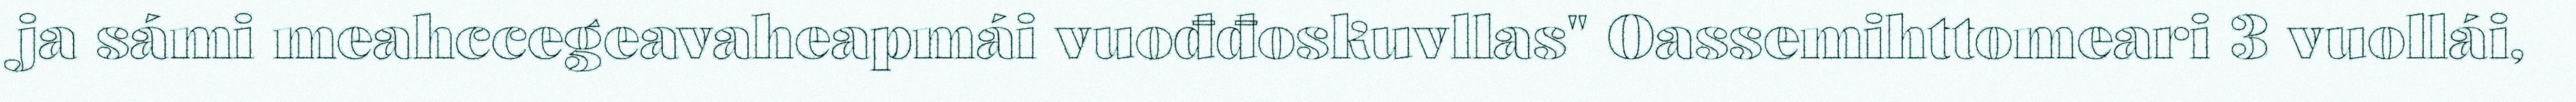
ja sámi meahccegeavaheapmái vuođđoskuvllas" Oassemihttomeari 3 vuollái,